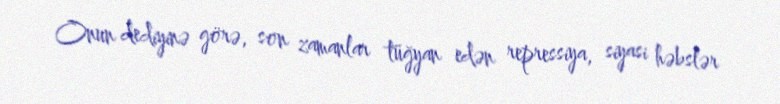
Onun dediyinə görə, son zamanlar tüğyan edən repressiya, siyasi həbslər